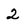
Character: 2